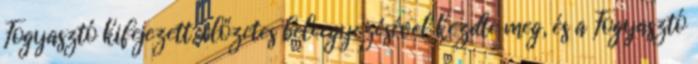
Fogyasztó kifejezett, előzetes beleegyezésével kezdte meg, és a Fogyasztó